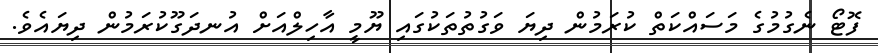
ފޮޓޯ ނެގުމުގެ މަސައްކަތް ކުރަމުން ދިޔަ ވަގުތުތަކުގައި ޔޫމީ އާހިލްއަށް އުނދަގޫކުރަމުން ދިޔައެވެ.